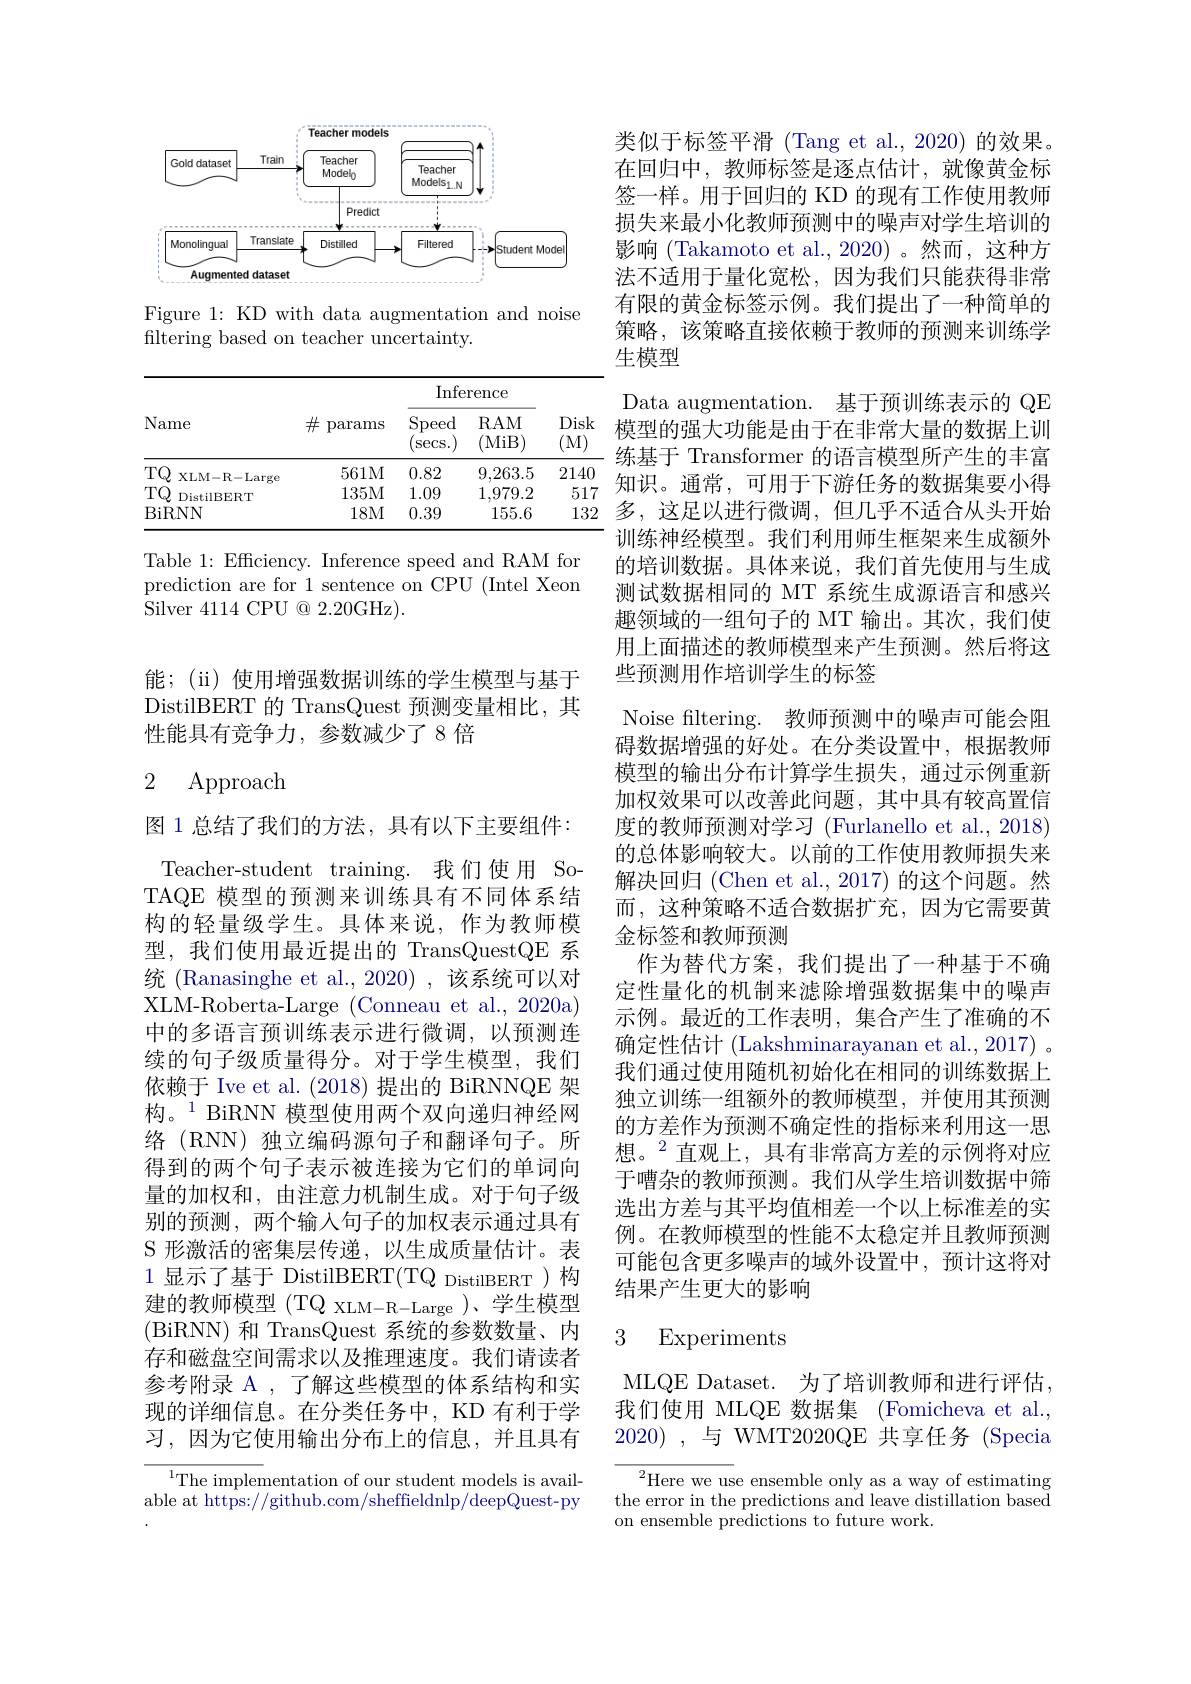
<FigureHere>

Figure 1: KD with data augmentation and noise
filtering based on teacher uncertainty.

<table>
	<tbody>
		<tr>
			<th rowspan="2">Name</th>
			<th rowspan="2">$\#$ params</th>
			<th colspan="2">$\operatorname{Inference}$</th>
			<th rowspan="2">Disk (M)</th>
		</tr>
		<tr>
			<th>$\operatorname{Speed}$ $\operatorname{secs.})$</th>
			<th>RAM (MiB)</th>
		</tr>
		<tr>
			<td>$TQ$ XLM- R- Large</td>
			<td>561M</td>
			<td>0.82</td>
			<td>9,263.5</td>
			<td>2140</td>
		</tr>
		<tr>
			<td>$TQ$ DistilBERT</td>
			<td>135M</td>
			<td>1.09</td>
			<td>1,979.2</td>
			<td>517</td>
		</tr>
		<tr>
			<td>BiRNN</td>
			<td>18M</td>
			<td>0.39</td>
			<td>155.6</td>
			<td>132</td>
		</tr>
	</tbody>
</table>

Table 1: Efficiency. Inference speed and RAM for prediction are for 1 sentence on CPU (Intel Xeon Silver 4114 CPU @ 2.20GHz).

能；(ii) 使用增强数据训练的学生模型与基于DistilBERT 的 TransQuest 预测变量相比，其性能具有竞争力，参数减少了 8 倍

## 2 Approach

图 1 总结了我们的方法，具有以下主要组件： Teacher-student training. 我们使用 SoTAQE 模型的预测来训练具有不同体系结构的轻量级学生。具体来说，作为教师模型，我们使用最近提出的 TransQuestQE 系统 (Ranasinghe et al.,2020) ,该系统可以对XLM-Roberta-Large (Conneau et al.,2020a) 中的多语言预训练表示进行微调，以预测连续的句子级质量得分。对于学生模型，我们依赖于 Ive et al. (2018)提出的 BiRNNQE 架构。$^{1}$ BiRNN 模型使用两个双向递归神经网络(RNN) 独立编码源句子和翻译句子。所得到的两个句子表示被连接为它们的单词向量的加权和，由注意力机制生成。对于句子级别的预测，两个输入句子的加权表示通过具有S 形激活的密集层传递，以生成质量估计。表1 显示了基于 DistilBERT(TQ DistilBERT )构建的教师模型 (TQ XLM-R-Large )、学生模型(BiRNN) 和 TransQuest 系统的参数数量、内存和磁盘空间需求以及推理速度。我们请读者参考附录 A , 了解这些模型的体系结构和实现的详细信息。在分类任务中，KD 有利于学习，因为它使用输出分布上的信息，并且具有

$^{1}$The implementation of our student models is available at https://github.com/sheffieldnlp/deepQuest-py

类似于标签平滑 (Tang et al.,2020) 的效果。在回归中，教师标签是逐点估计，就像黄金标签一样。用于回归的 KD 的现有工作使用教师损失来最小化教师预测中的噪声对学生培训的影响(Takamoto et al.,2020)。然而，这种方法不适用于量化宽松，因为我们只能获得非常有限的黄金标签示例。我们提出了一种简单的策略，该策略直接依赖于教师的预测来训练学生模型
Data augmentation. 基于预训练表示的 QE 模型的强大功能是由于在非常大量的数据上训练基于 Transformer 的语言模型所产生的丰富知识。通常，可用于下游任务的数据集要小得多，这足以进行微调，但几乎不适合从头开始训练神经模型。我们利用师生框架来生成额外的培训数据。具体来说，我们首先使用与生成测试数据相同的 MT 系统生成源语言和感兴趣领域的一组句子的 MT 输出。其次，我们使用上面描述的教师模型来产生预测。然后将这些预测用作培训学生的标签
Noise filtering. 教师预测中的噪声可能会阻碍数据增强的好处。在分类设置中，根据教师模型的输出分布计算学生损失，通过示例重新加权效果可以改善此问题，其中具有较高置信度的教师预测对学习 (Furlanello et al., 2018) 的总体影响较大。以前的工作使用教师损失来解决回归 (Chen et al., 2017) 的这个问题。然而，这种策略不适合数据扩充，因为它需要黄金标签和教师预测
作为替代方案，我们提出了一种基于不确定性量化的机制来滤除增强数据集中的噪声示例。最近的工作表明，集合产生了准确的不确定性估计 (Lakshminarayanan et al., 2017) 。我们通过使用随机初始化在相同的训练数据上独立训练一组额外的教师模型，并使用其预测的方差作为预测不确定性的指标来利用这一思想。$^2$直观上，具有非常高方差的示例将对应于嘈杂的教师预测。我们从学生培训数据中筛选出方差与其平均值相差一个以上标准差的实例。在教师模型的性能不太稳定并且教师预测可能包含更多噪声的域外设置中，预计这将对结果产生更大的影响

### 3 Experiments

MLQE Dataset. 为了培训教师和进行评估， 我们使用 MLQE 数据集 (Fomicheva et al., 2020) ,与 WMT2020QE 共享任务 (Specia

$^{2}$Here we use ensemble only as a way of estimating the error in the predictions and leave distillation based on ensemble predictions to future work.